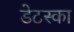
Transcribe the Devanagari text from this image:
डेटस्का